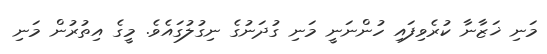
މަނި ޚަޒާނާ ކުރެވިފައި ހުންނަނީ މަނި ގުދަނުގެ ނިގުލުގައެވެ. މީގެ އިތުރުން މަނި